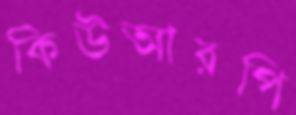
কিউআরপি